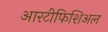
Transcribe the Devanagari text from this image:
आरटीफिशिअल